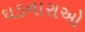
ઘડનારાઓ